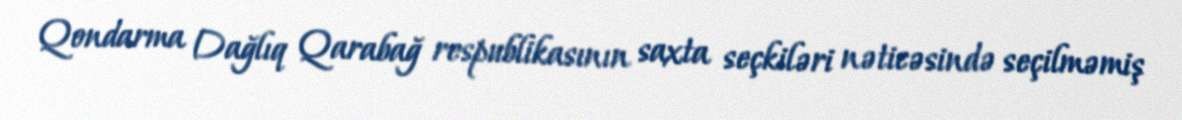
Qondarma Dağlıq Qarabağ respublikasının saxta seçkiləri nəticəsində seçilməmiş